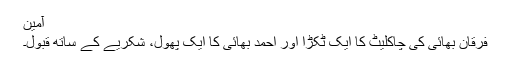
آمین
فرقان بھائی کی چاکلیٹ کا ایک ٹکڑا اور احمد بھائی کا ایک پھول، شکریے کے ساتھ قبول۔